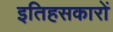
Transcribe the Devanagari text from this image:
इतिहसकारों